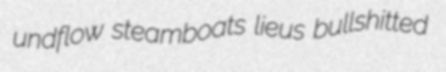
undflow steamboats lieus bullshitted